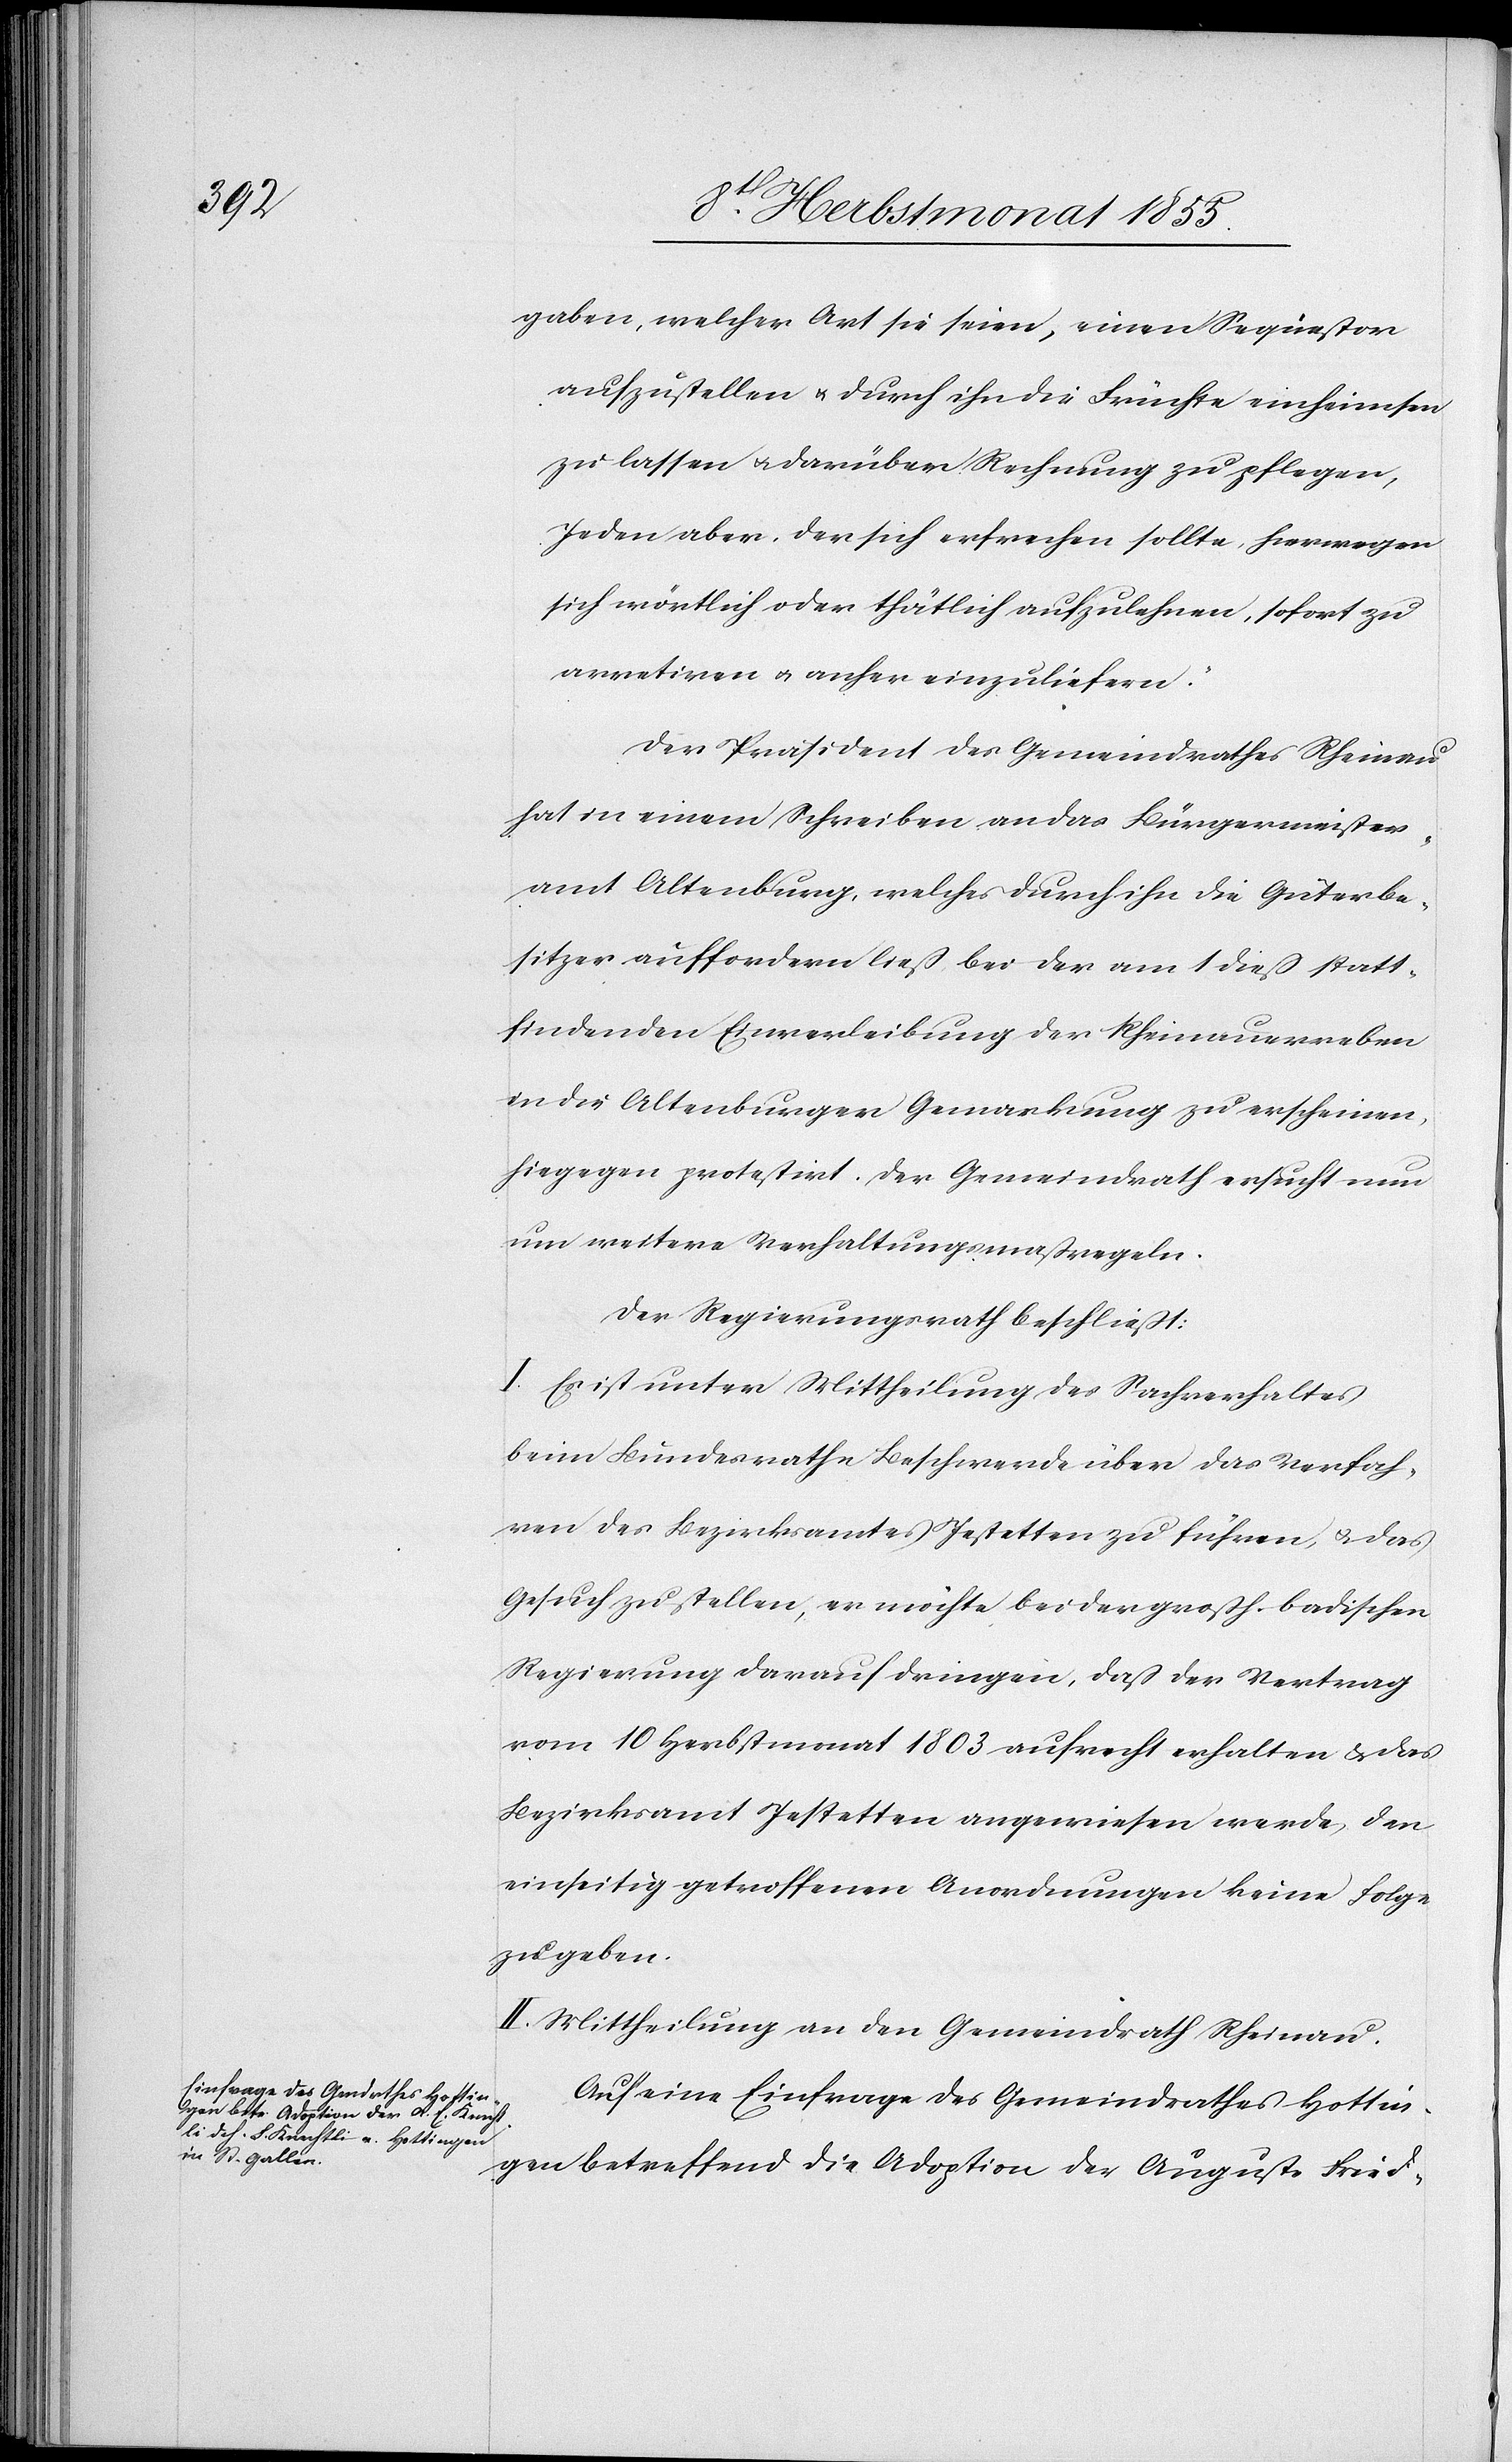
gaben, welcher Art sie seien, einen Sequestor
aufzustellen & durch ihn die Früchte einheimsen
zu lassen & darüber Rechnung zu pflegen,
Jeden aber, der sich erfrechen sollte, hierwegen
sich wörtlich oder thätlich aufzulehnen, sofort zu
arretiren & anher einzuliefern.“
Der Präsident des Gemeindrathes Rheinau
hat in einem Schreiben an das Bürgermeister¬
amt Altenburg, welches durch ihn die Güterbe¬
sitzer auffordern ließ, bei der am 1 dieß statt¬
findenden Einverleibung der Rheinauerreben
in die Altenburger Gemarkung zu erscheinen,
hiegegen protestirt. Der Gemeindrath ersucht nun
um weitere Verhaltungsmaßregeln.
Der Regierungsrath beschließt:
I. Es ist unter Mittheilung des Sachverhaltes
beim Bundesrathe Beschwerde über das Verfah¬
ren des Bezirksamtes Jestetten zu führen, & das
Gesuch zu stellen, er möchte bei der großh. badischen
Regierung darauf dringen, daß der Vertrag
vom 10 Herbstmonat 1803 aufrecht erhalten & das
Bezirksamt Jestetten angewiesen werde, den
einseitig getroffenen Anordnungen keine Folge
zu geben.
II. Mittheilung an den Gemeindrath Rheinau.
Auf eine Einfrage des Gemeindrathes Hottin¬
gen betreffend die Adoption der Auguste Frie-